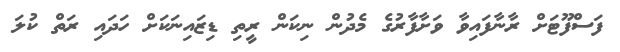
ފަސްފޫޓަށް ރާނާފައިވާ ވަށާފާރުގެ މެދުން ނިކަން ރީތި ޑިޒައިނަކަށް ހަދައި ރަތް ކުލަ